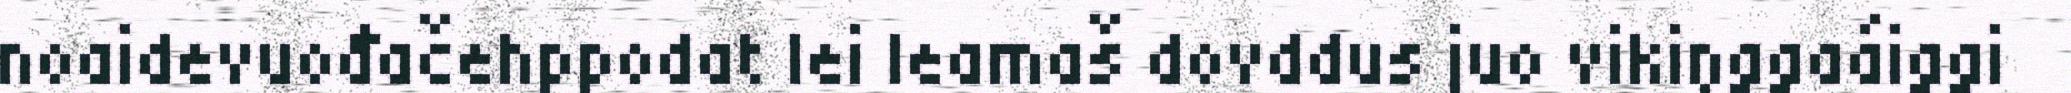
noaidevuođačehppodat lei leamaš dovddus juo vikiŋggaáiggi